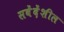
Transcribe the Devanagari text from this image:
सवेंदेंशील